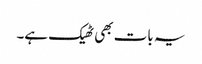
یہ بات بھی ٹھیک ہے۔